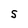
Character: S